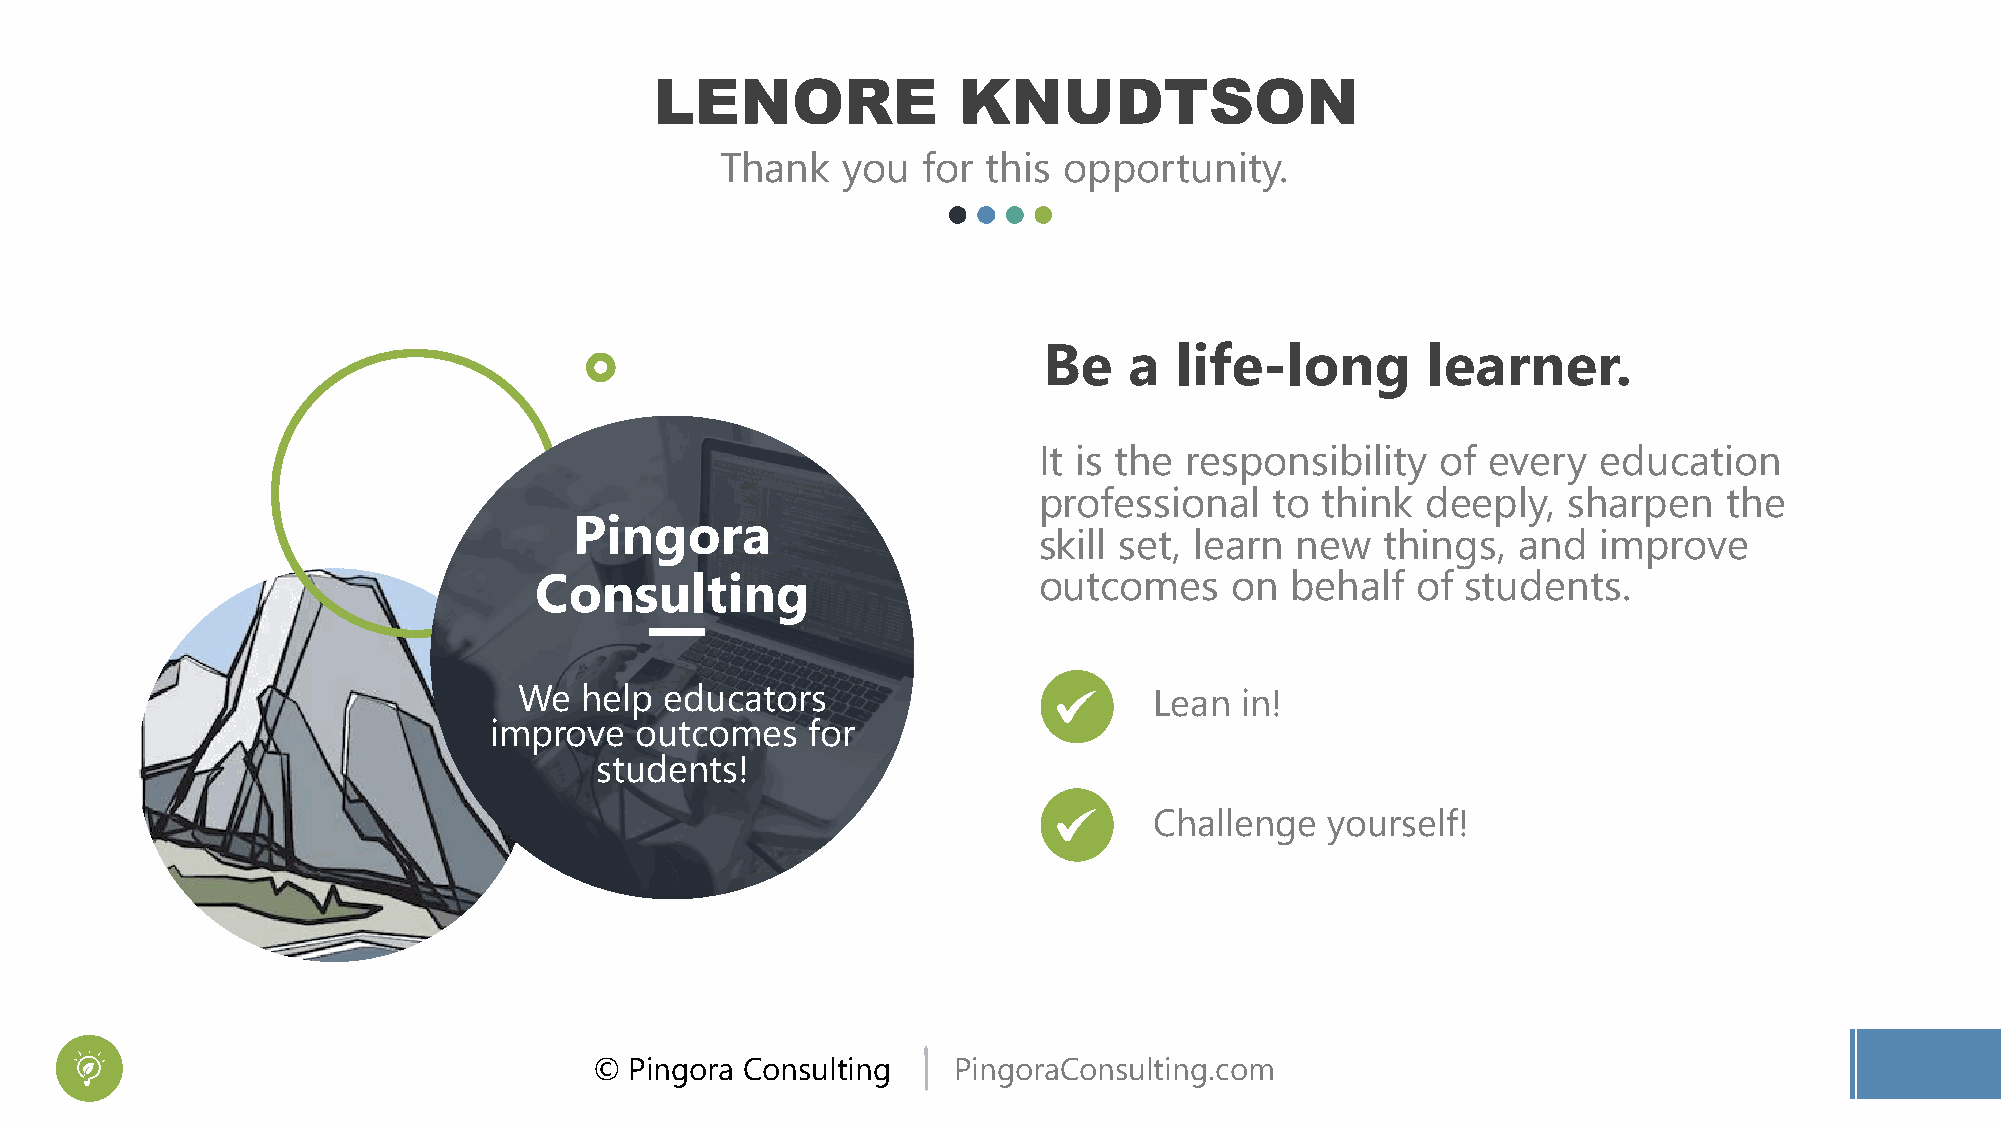
LENORE              KNUDTSON
 Thank   you  for this opportunity.
 Be    a  life-long       learner.
 It is the responsibility  of  every  education
 professional   to think  deeply,   sharpen   the
 Pingora
 skill set, learn new   things, and   improve
 Consulting                        outcomes    on  behalf   of students.
 We  help  educators                       Lean  in!
 improve   outcomes   for
 students!
 Challenge   yourself!
 ©  Pingora Consulting   PingoraConsulting.com